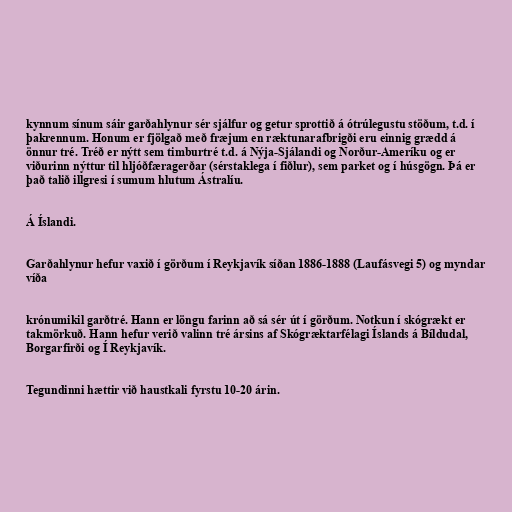
kynnum sínum sáir garðahlynur sér sjálfur og getur sprottið á ótrúlegustu stöðum, t.d. í
þakrennum. Honum er fjölgað með fræjum en ræktunarafbrigði eru einnig grædd á
önnur tré. Tréð er nýtt sem timburtré t.d. á Nýja-Sjálandi og Norður-Ameríku og er
viðurinn nýttur til hljóðfæragerðar (sérstaklega í fiðlur), sem parket og í húsgögn. Þá er
það talið illgresi í sumum hlutum Ástralíu.

Á Íslandi.

Garðahlynur hefur vaxið í görðum í Reykjavík síðan 1886-1888 (Laufásvegi 5) og myndar
víða

krónumikil garðtré. Hann er löngu farinn að sá sér út í görðum. Notkun í skógrækt er
takmörkuð. Hann hefur verið valinn tré ársins af Skógræktarfélagi Íslands á Bíldudal,
Borgarfirði og Í Reykjavík.

Tegundinni hættir við haustkali fyrstu 10-20 árin.